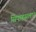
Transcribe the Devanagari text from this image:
सिपाहसलार